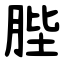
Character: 䏶